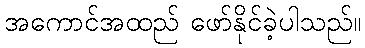
အကောင်အထည် ဖော်နိုင်ခဲ့ပါသည်။